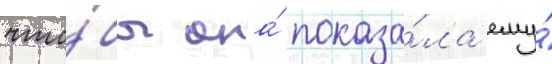
что́бы она́ показа́ла ему́